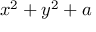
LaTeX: x ^ { 2 } + y ^ { 2 } + a